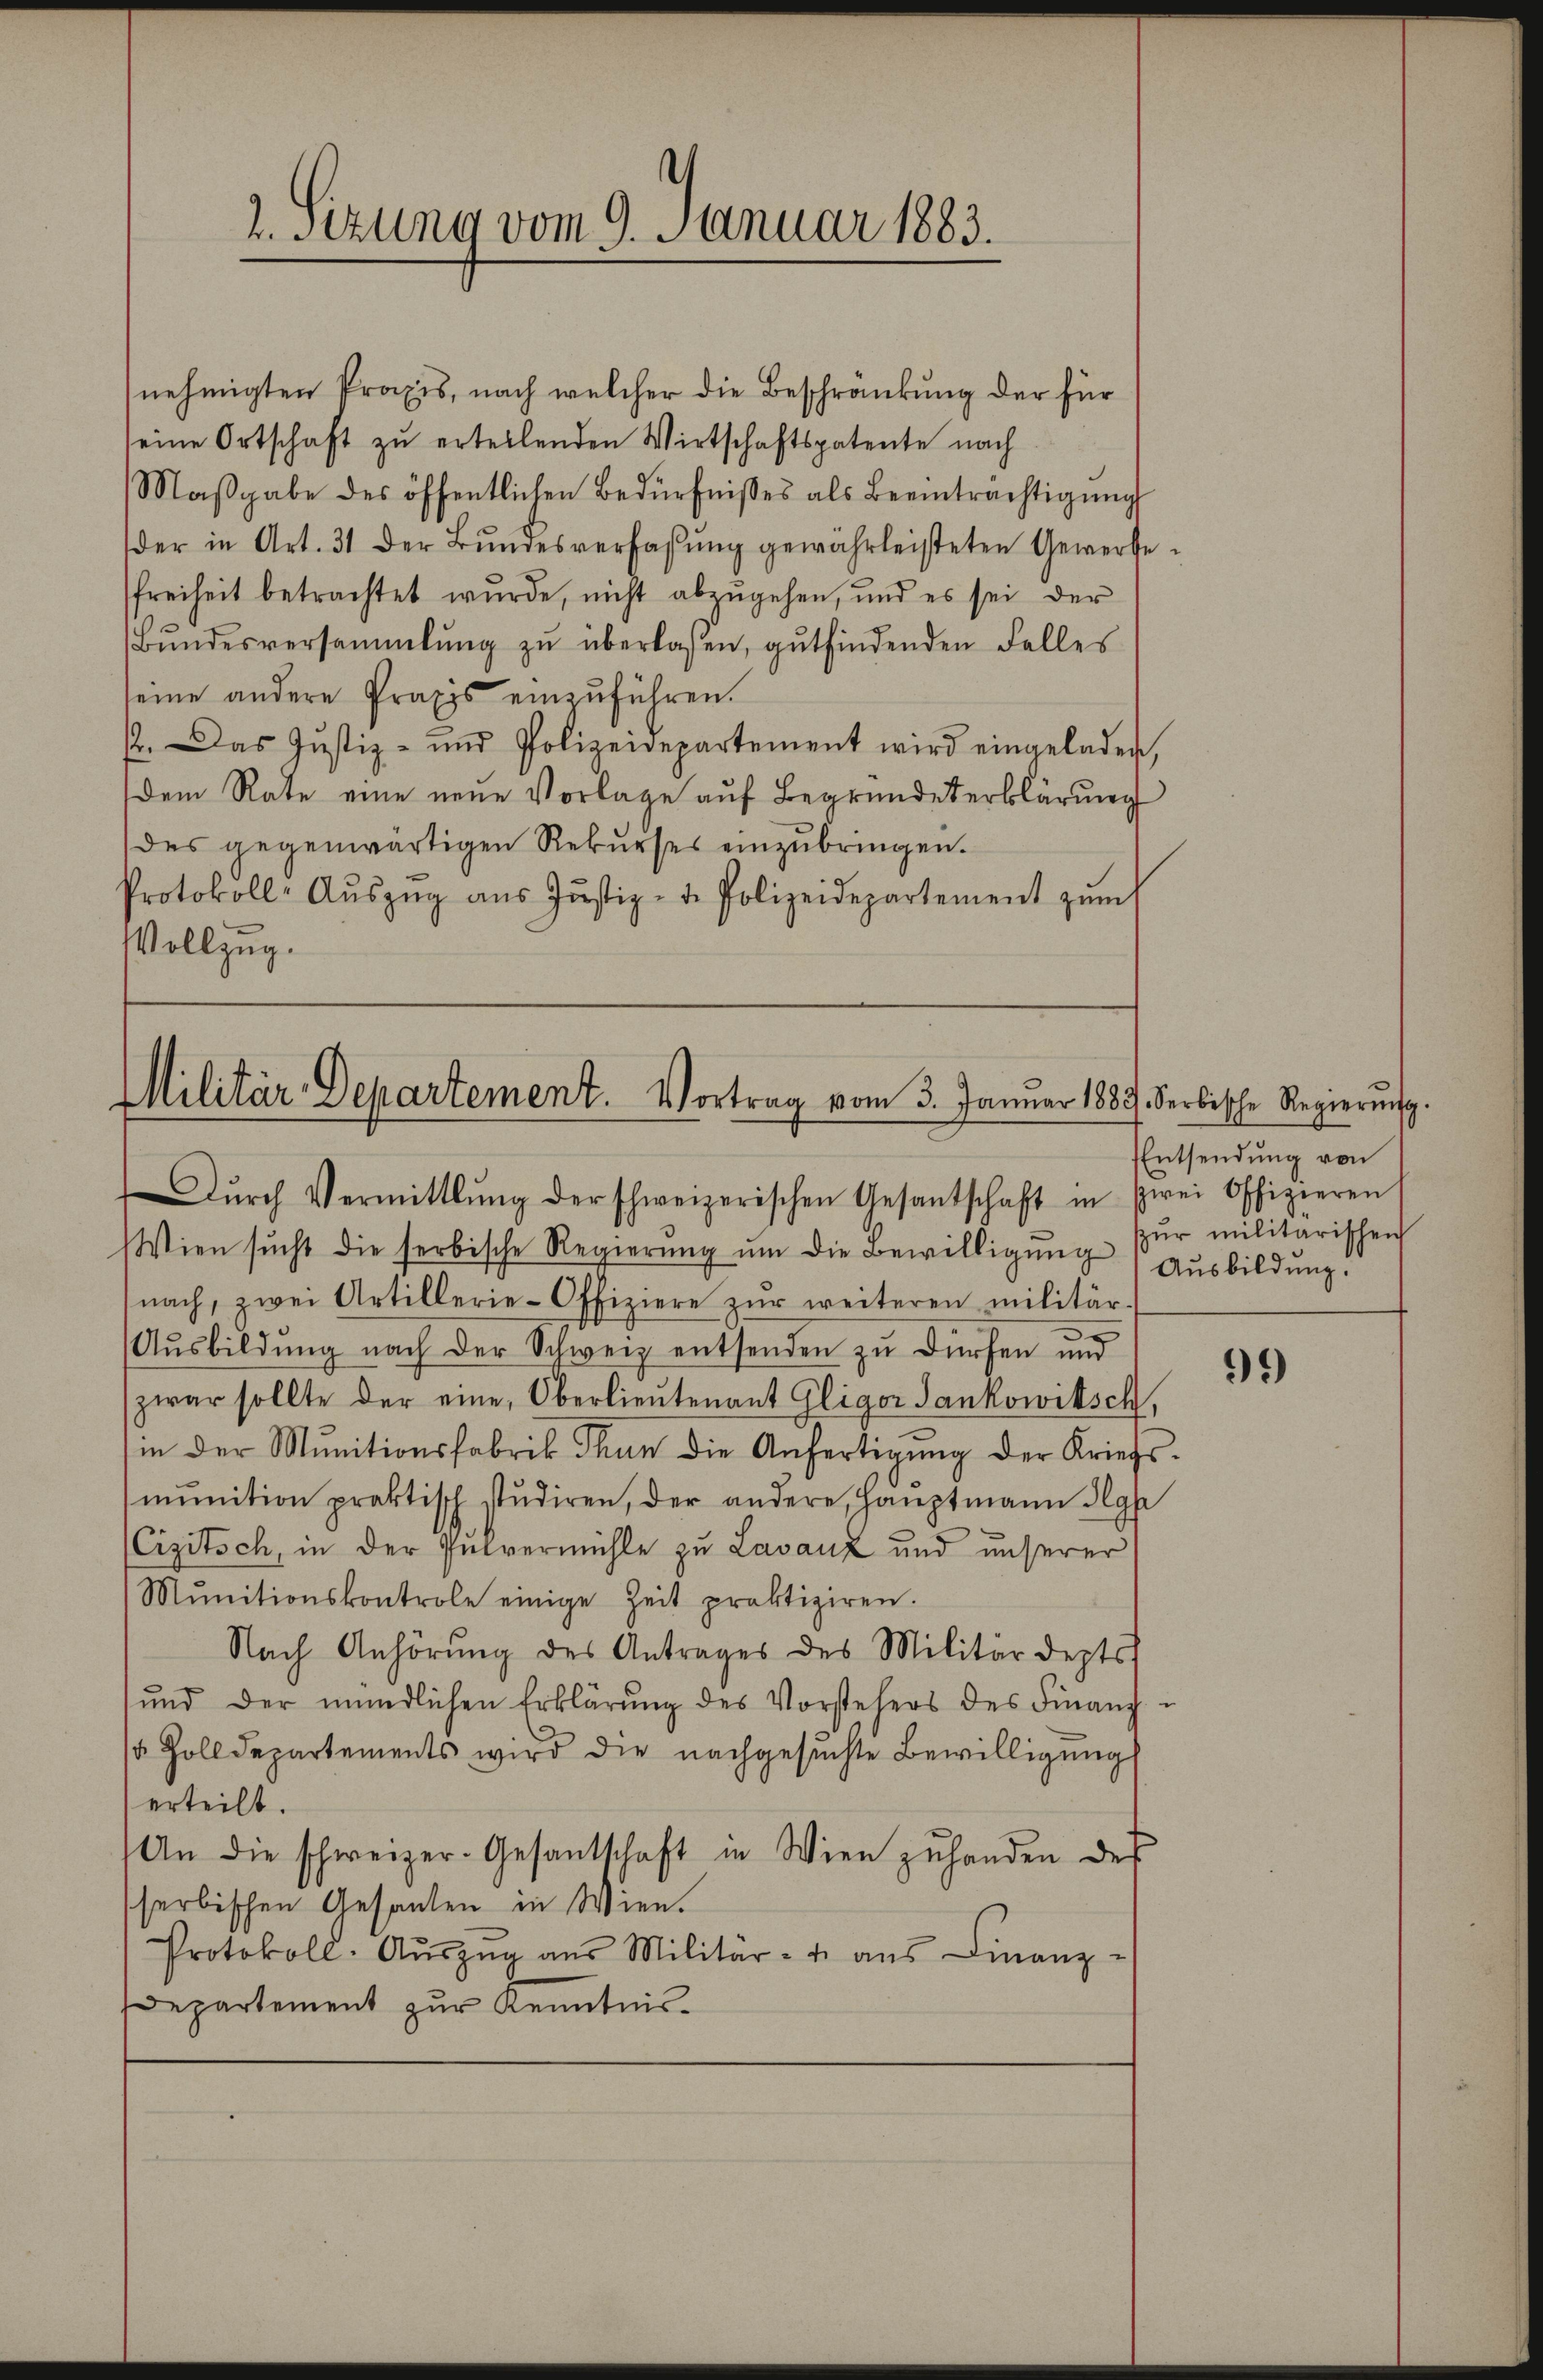
2. Sizung vom 9. Januar 1883.

nehmigten Praxis, nach welcher die Beschränkung der für
seine Ortschaft zŭ ertellenden Wirtschaftspatente nach
Maβgabe des öffentlichen Bedürfnisses als Beeinträchtigŭng
der in Art. 31 der Bŭndesverfassŭng gewährleisteten Gewerbe-
freiheit betrachtet wurde, nicht abzugehen, und es sei der
Bŭndesversammlung zŭ überlassen, gŭtfindenden Falles
seine andere Praxis einzuführen.
2. Das Justiz- und Polizeidepartement wird eingeladen,
dem Rate eine neue Vorlage aŭf Begründeterklärung
des gegenwärtigen Rekŭrses einzŭbringen.
Protokoll-Aŭszŭg aŭs Jŭstiz- u. Polizeidepartement zŭm
Vollzug.

Militär-Departement. Vortrag vom 3. Januar 1889. Serbische Regierŭng.
Dŭrch Vermittlung der schweizerischen Gesantschaft in zwei Offizieren

Wien sucht die serbische Regierŭng ŭm die Bewilligung
(nach, zwei Artillerie-Offiziere zŭr weiteren militär-
Aŭsbildung nach der Schweiz entsenden zu dürfen und
zwar sollte der eine Oberlieŭtenant Gliger Sankowitsch,
in der Munitionsfabrik Thun die Anfertigŭng der Kriefs-
mŭnition praktisch studiren, der andere Hauptmann Ign
(Cizitsch, in der Pulvermühle zu Lavanz und unserer
Mŭnitionskontrole einige Zeit praktiziren.
Nach Anhörung des Antrages des Militärdepts
ŭnd der mündlichen Erklärŭng des Vorstehers des Finanz-
 Zolldepartements wird die nachgesŭchte Bewilligŭng
erteilt.
An die schweizer-Gesantschaft in Wien zŭ handen des
serbischen Gesanden in Wien.
Protokoll-Aŭszŭg aŭs Militär- u. ans Finanz-
Departement zŭr Kenntnis

Entsendung von
sŭr militärischen
Ausbildung.

91)